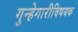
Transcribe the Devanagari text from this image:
गुन्हेगारीविषयक